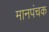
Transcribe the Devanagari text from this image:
मानपंचक